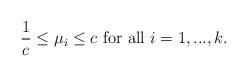
LaTeX: \begin{align*}\frac{1}{c}\leq\mu_{i}\leq c\ \mbox{for\ all}\ i=1,...,k.\end{align*}